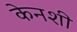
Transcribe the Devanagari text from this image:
केनशी